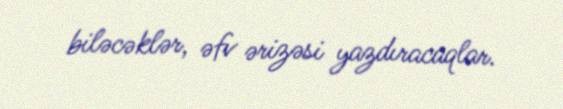
biləcəklər, əfv ərizəsi yazdıracaqlar.